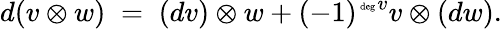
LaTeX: d(v\otimes w)\; =\; (dv)\otimes w+(-1)^{\mathrm{\tiny~deg\ }v}v\otimes(dw).